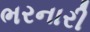
ભરનારી